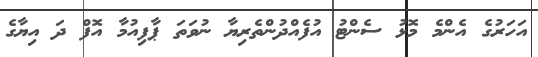
އަހަރުގެ އެންމެ މޮޅު ސެންޓު އުފެެއްދުންތެރިޔާ ނުވަތަ ޕާފިއުމާ އޮފް ދަ އިޔާގެ